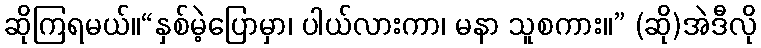
ဆိုကြရမယ်။“နှစ်မဲ့ပြောမှာ၊ ပါယ်လားကာ၊ မနာ သူစကား။” (ဆို)အဲဒီလို